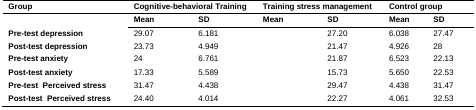
| Group | <COLSPAN=2> Cognitive-behavioral Training | <COLSPAN=2> Training stress management | <COLSPAN=2> Control group |
 |  | Mean | SD | Mean | SD | Mean | SD |
 | --- | --- | --- | --- | --- | --- | --- |
 | Pre-test depression | 29.07 | 6.181 |  | 27.20 | 6.038 | 27.47 |
 | Post-test depression | 23.73 | 4.949 |  | 21.47 | 4.926 | 28 |
 | Pre-test anxiety | 24 | 6.761 |  | 21.87 | 6.523 | 22.13 |
 | Post-test anxiety | 17.33 | 5.589 |  | 15.73 | 5.650 | 22.53 |
 | Pre-test Perceived stress | 31.47 | 4.438 |  | 29.47 | 4.438 | 31.47 |
 | Post-test Perceived stress | 24.40 | 4.014 |  | 22.27 | 4.061 | 32.53 |